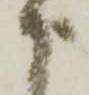
申